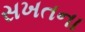
સખતના